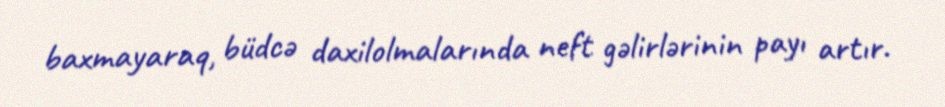
baxmayaraq, büdcə daxilolmalarında neft gəlirlərinin payı artır.